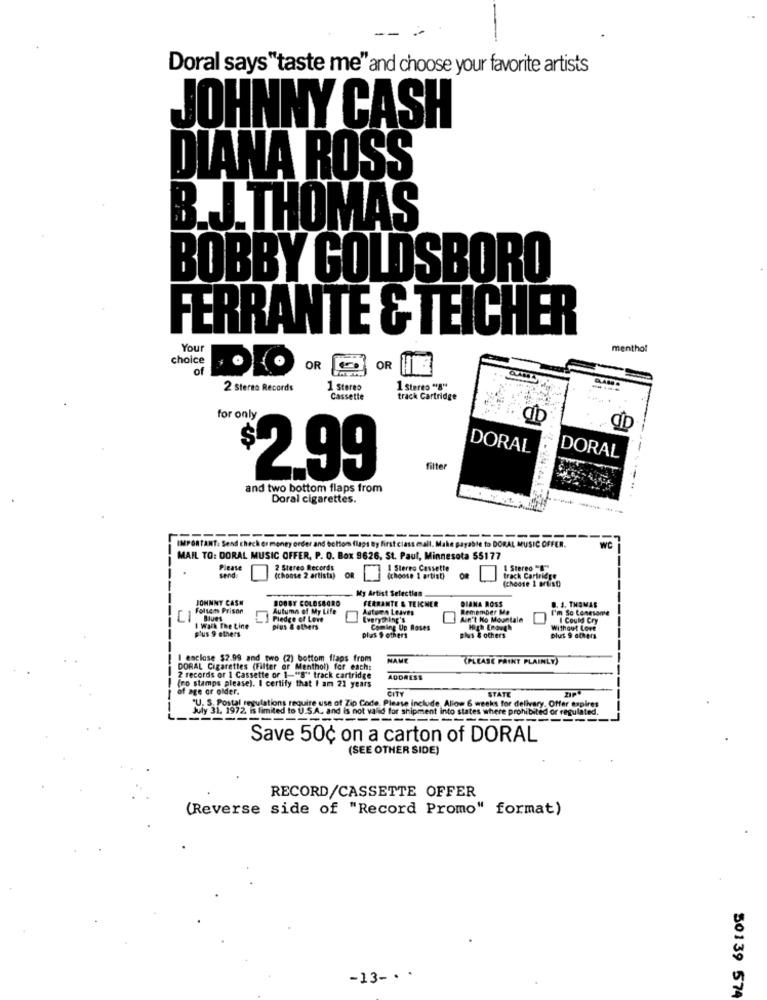
Doral says "taste me" and choose your favorite artists
JOHNNY CASH
DIANA ROSS
B.J.THOMAS
BOBBY GOLDSBORO
FERRANTE & TEICHER
You
menthol
choice
of
OR
OR
2 Sterno Records
1 Stereo
1 Steres "8"
----
Cassette
track Cartridge
for only
DORAL
DORAL
filter
2.99
and two bottom flaps from
Doral cigarettes.
IMPORTANT. Send check er money order and bottom flags By first class mall. Make payable to DORAL MUSIC OFFER.
WC
MAIL TO: DORAL MUSIC OFFER, P. O. Box 9626, St. Paul, Minnesota 55177
Please
send
2 Stereo Records
1 Stereo Cassette
I Stereo "B"
(choose 2 artista)
OR
(choose I artist)
track Cartridge
My Artist Selection
JOHNNY CASH
BOBBY COLOSBORO
FERRANTE & TEICHER
DIANA ROSS
D. J. THOMAS
Folsom Prison
Autumn of My Life
Autor, Leaves
Remember Me
I'm So Lonesome
Blues
Pledge of Love
Everything's
Ain't No Mountale
I Could Cry
I Walk The Line
plus 9 ethers
Pius & others
Coming Up Roses
High Enough
Without Love
plus $ others
plus & others
plus 9 deErs
I esclose $2.99 and two (2) bottom flaps from
NAME
(PLEASE PÅIKT PLAINLY)
DORAL Cigarettes (Filter or Menthol) for each:
(ro stamps please). I certify that I am 21 years
2 records or 1 Cassette or 1-"8" track cartridge
ADDRESS
of age or older.
STATE
ZIP
"U. S. Postal regulations require use of Zip Code. Please include, Allow 6 weeks for delivery. Offer expires
July 31. 1972, is limited to U.S.A. and is not valid for shipment into states where prohibited or regulated.
-----------------
---
Save 50¢ on a carton of DORAL
(SEE OTHER SIDE)
RECORD/CASSETTE OFFER
(Reverse side of "Record Promo" format)
-13 -. .
50139 574